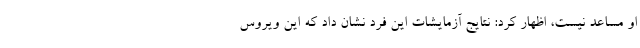
او مساعد نیست، اظهار کرد: نتایج آزمایشات این فرد نشان داد که این ویروس